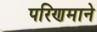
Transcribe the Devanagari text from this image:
परिणमाने